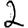
Digit: 2